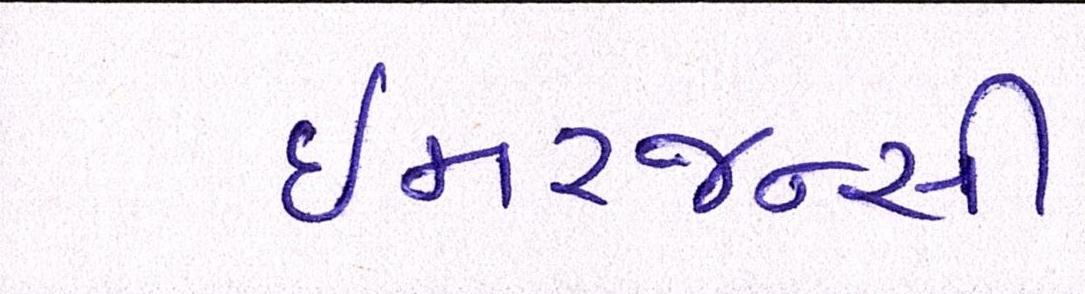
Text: ઇમરજન્સી